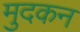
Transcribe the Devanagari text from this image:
मुदकन